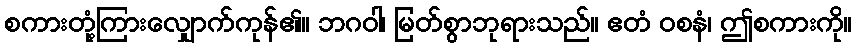
စကားတုံ့ကြားလျှောက်ကုန်၏။ ဘဂဝါ၊ မြတ်စွာဘုရားသည်။ ဧတံ ဝစနံ၊ ဤစကားကို။